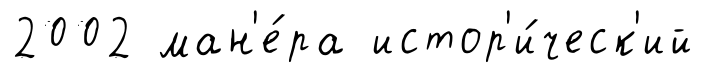
2002 ман'е́ра истор'и́ческ'ий